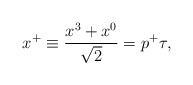
\begin{align*}x^+ \equiv {x^3+x^0 \over \sqrt{2}}=p^+ \tau,\end{align*}